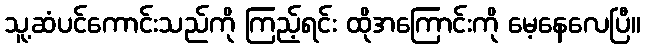
သူ့ဆံပင်ကောင်းသည်ကို ကြည့်ရင်း ထိုအကြောင်းကို မေ့နေလေပြီ။